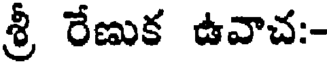
శ్రీ రేణుక ఉవాచ:-